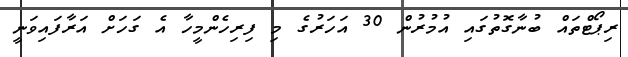
ރިޕޯޓްތައް ބުނާގޮތުގައި އުމުރުން 30 އަހަރުގެ މި ފިރިހެންމީހާ އެ ގަހަށް އަރާފައިވަނީ